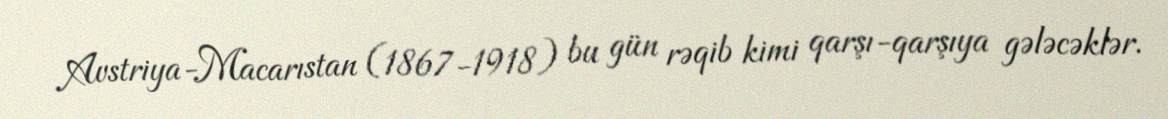
Avstriya-Macarıstan (1867-1918) bu gün rəqib kimi qarşı-qarşıya gələcəklər.